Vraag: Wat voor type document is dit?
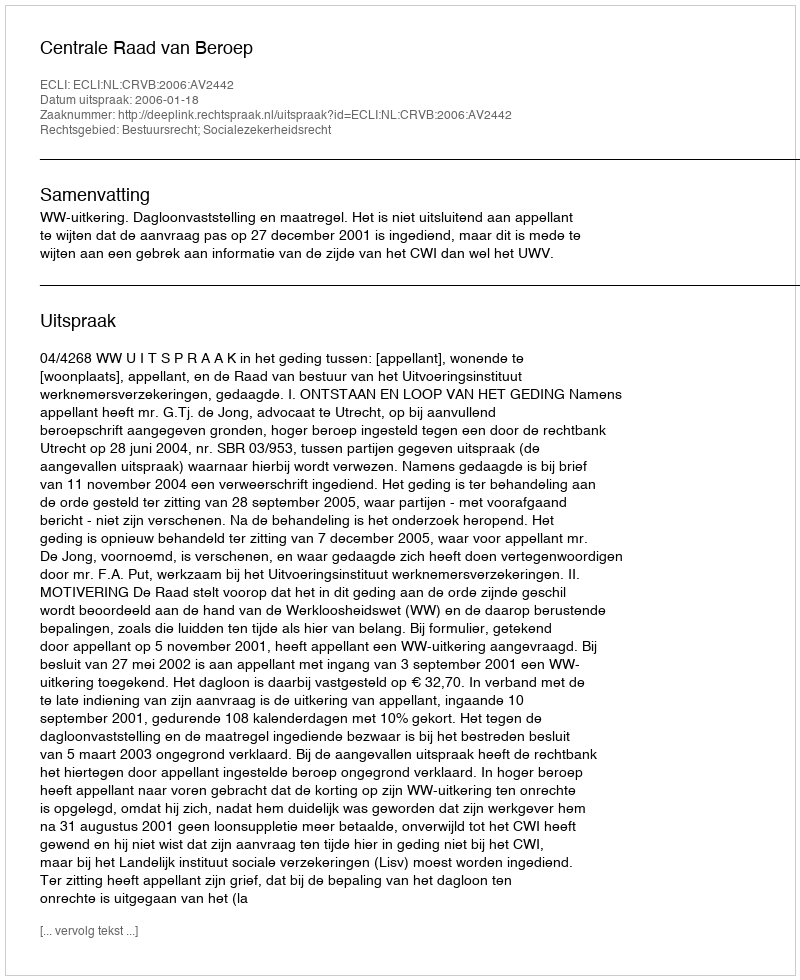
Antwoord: Uitspraak